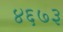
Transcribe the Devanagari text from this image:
४६७३